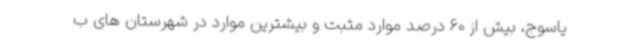
یاسوج، بیش از 60 درصد موارد مثبت و بیشترین موارد در شهرستان های ب